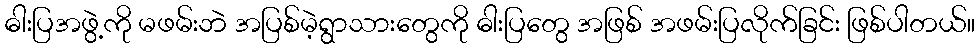
ဓါးပြအဖွဲ့ကို မဖမ်းဘဲ အပြစ်မဲ့ရွာသားတွေကို ဓါးပြတွေ အဖြစ် အဖမ်းပြလိုက်ခြင်း ဖြစ်ပါတယ်။